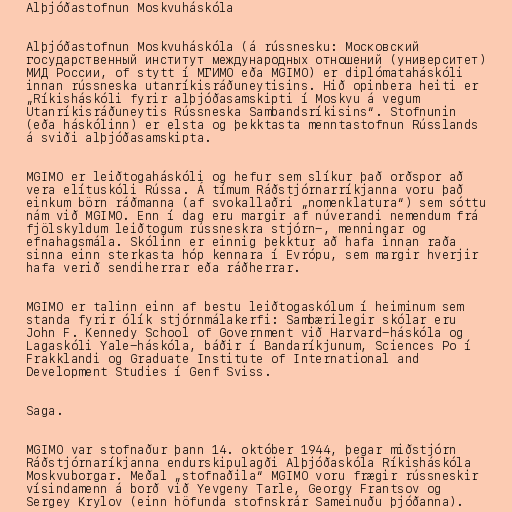
Alþjóðastofnun Moskvuháskóla

Alþjóðastofnun Moskvuháskóla (á rússnesku: Московский
государственный институт международных отношений (университет)
МИД России, of stytt í МГИМО eða MGIMO) er diplómataháskóli
innan rússneska utanríkisráðuneytisins. Hið opinbera heiti er
„Ríkisháskóli fyrir alþjóðasamskipti í Moskvu á vegum
Utanríkisráðuneytis Rússneska Sambandsríkisins“. Stofnunin
(eða háskólinn) er elsta og þekktasta menntastofnun Rússlands
á sviði alþjóðasamskipta.

MGIMO er leiðtogaháskóli og hefur sem slíkur það orðspor að
vera elítuskóli Rússa. Á tímum Ráðstjórnarríkjanna voru það
einkum börn ráðmanna (af svokallaðri „nomenklatura“) sem sóttu
nám við MGIMO. Enn í dag eru margir af núverandi nemendum frá
fjölskyldum leiðtogum rússneskra stjórn-, menningar og
efnahagsmála. Skólinn er einnig þekktur að hafa innan raða
sinna einn sterkasta hóp kennara í Evrópu, sem margir hverjir
hafa verið sendiherrar eða ráðherrar.

MGIMO er talinn einn af bestu leiðtogaskólum í heiminum sem
standa fyrir ólík stjórnmálakerfi: Sambærilegir skólar eru
John F. Kennedy School of Government við Harvard-háskóla og
Lagaskóli Yale-háskóla, báðir í Bandaríkjunum, Sciences Po í
Frakklandi og Graduate Institute of International and
Development Studies í Genf Sviss.

Saga.

MGIMO var stofnaður þann 14. október 1944, þegar miðstjórn
Ráðstjórnaríkjanna endurskipulagði Alþjóðaskóla Ríkisháskóla
Moskvuborgar. Meðal „stofnaðila“ MGIMO voru frægir rússneskir
vísindamenn á borð við Yevgeny Tarle, Georgy Frantsov og
Sergey Krylov (einn höfunda stofnskrár Sameinuðu þjóðanna).